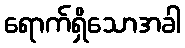
ရောက်ရှိသောအခါ